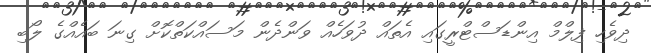
ދިވެހި ފިލްމް އިންޑަސްޓްރީގައި އެތައް ދުވަހެއް ވަންދެން މަސައްކަތްކޮށް ގިނަ ބައެއްގެ ލޯބި